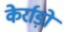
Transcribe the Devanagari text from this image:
केर्राड़ो